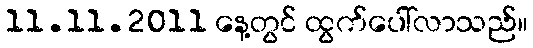
11.11.2011 နေ့တွင် ထွက်ပေါ်လာသည်။